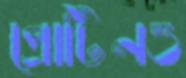
প্রোটিনও